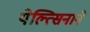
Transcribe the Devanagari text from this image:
येल्त्सिनाने